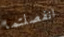
انفصلتما